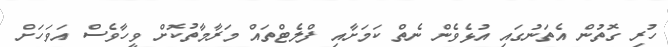
ހުރި ގޮތުން އެތަނުގައި އުޅެވެން ނެތް ކަމަށާއި ފްލެޓްތައް މަރާމާތުކޮށް ވީހާވެސް އަވަހަށް